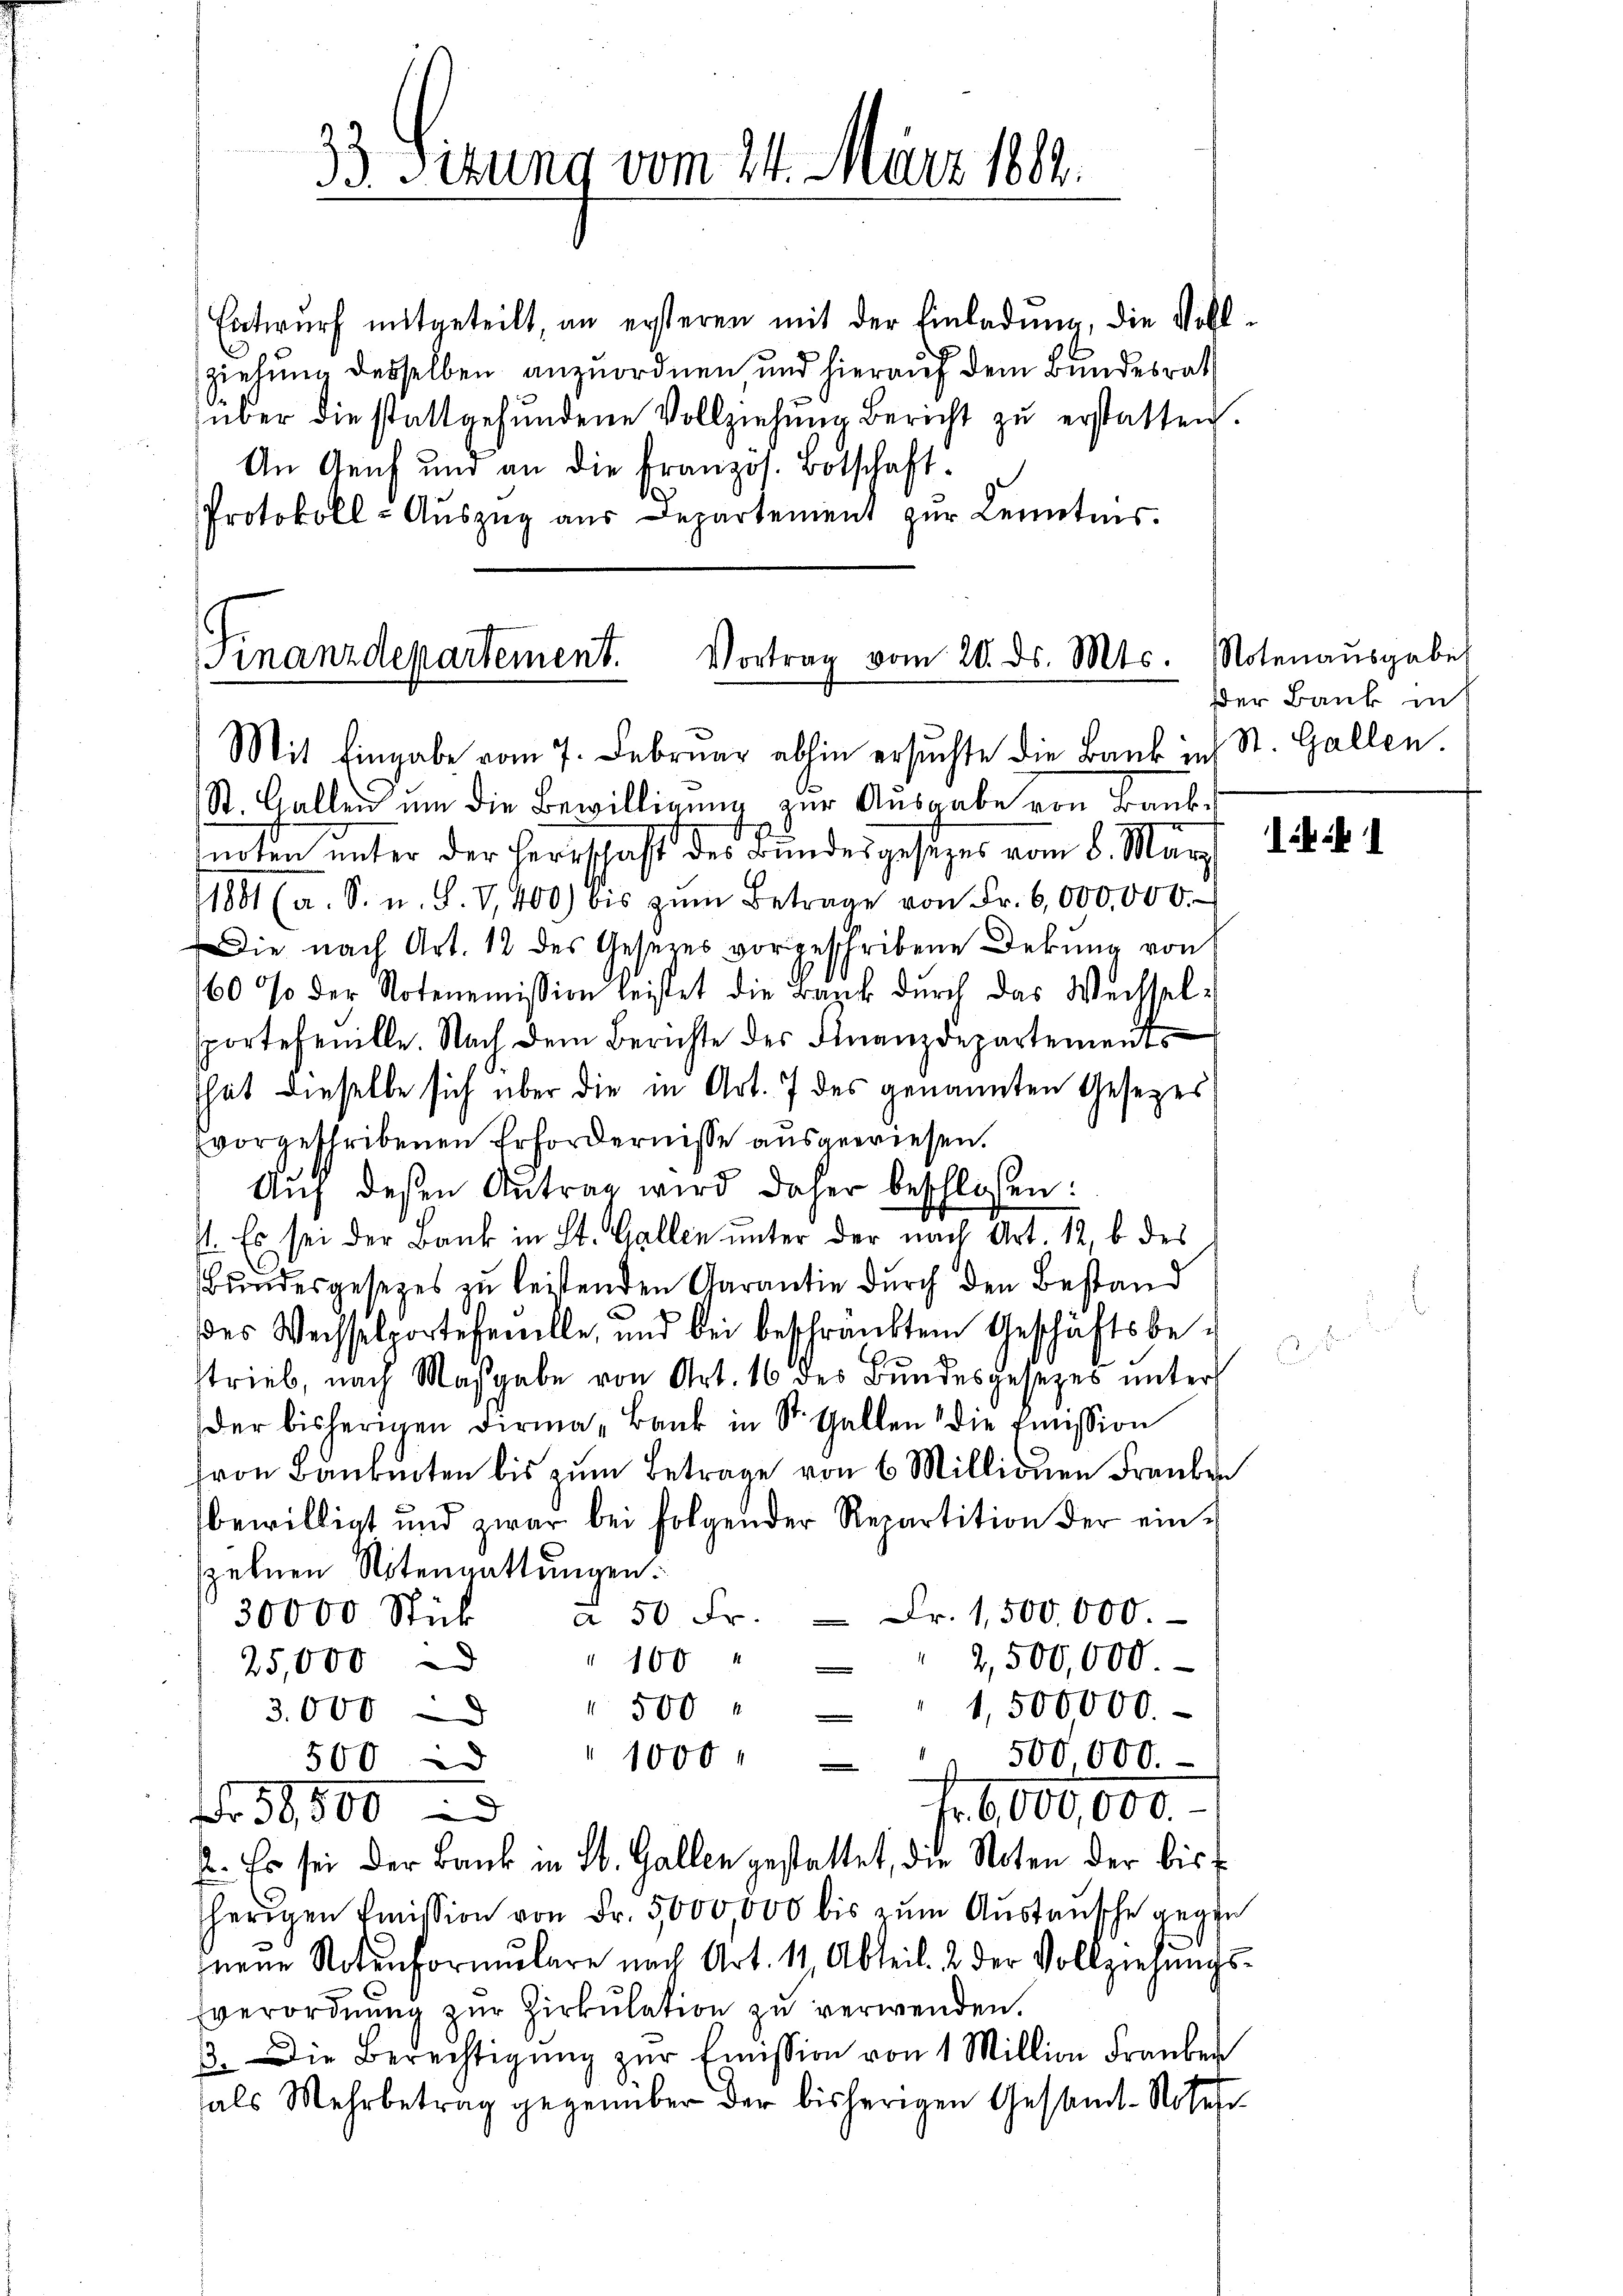
Entwurf mitgeteilt, an ersteren mit der Einladung, die Vollszielung desselben anzuordnen und hierauf dem Bundesrath
über die stattgefŭndene Vollziehŭng Bericht zŭ erstatten.
An Genf und an die Französ. Botschaft.
Protokoll- Aŭszŭg aŭs Departement zŭr Lenntnis.

Finanzdepartement. Vortrag vom 20. ds. Mts.
Mit Eingabe vom 7. Februar abhin ersuchte die Bank in St. Gallen

33 Sizung vom 24. März 1804.

St. Gallen um die Bewilligung zur Ausgabe von Banknoten unter der Herrschaft des Bundesgesezes vom 8. März
1881 (a. S. u. S. V, 400 bis zŭm Betrage von Fr. 6,000,000.
Die nach Art. 12 des Gesetzes vorgeschribene Dekung von
160 % der Notenemission leistet die Bank dŭrch das Wechsel-
sportefenille. Nach dem Berichte des Finanzdepartements
That dieselbe sich über die in Art. 7 des genannten Gesetzes
vorgeschribenen Erfordernisse ausgewiesen.
Aŭf dessen Antrag wird daher beschlossen:
st. Es sei der Bank in St. Gallen unter der nach Art. 12, b des
Bundesgesetzes zu leistenden Garantie durch den Bestand
des Weisselporteseelle, und bei beschränktem Geschäftsbetrieb, nach Maßgabe von Art. 16 des Bundesgesezes unters
der bisherigen Firma Bank in St. Gallen die Emission
ron Banknoten bis zum Betrage von 6 Millionen Franken
bewilligt und zwar bei folgender Repartition der ein-
zelnen Nitengattungen.
30000 Stück a 50 Fr. - Fr. 1,500,000.
" 1604
2,500,000.
25,000
1,500000.
3.000 " 500 "
1000
500 000.
500 i
Fr. 6,000,000.
r 36,800
2. Es sei der Bank in St. Gallen gestattet, die Noten der bis
herigen Emission von Fr. 5000,000 bis zum Austausche gegen
nene Notenformŭlare nach Art. 11, Abteil. 2 der Vollziehŭngs-
Everordnŭng zŭr Zirkŭlation zu verwenden.
3. Die Berechtigŭng zŭr Emission von 1 Million Fraŭber
als Mehrbetrag gegenüber der bisherigen Gestandt-Noter

Notenausgabe
dder Bank in